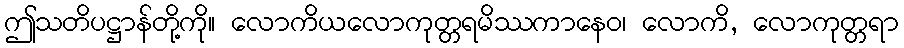
ဤသတိပဋ္ဌာန်တို့ကို။ လောကိယလောကုတ္တရမိဿကာနေဝ၊ လောကိ, လောကုတ္တရာ